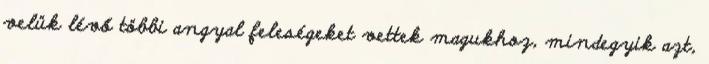
velük lévő többi angyal feleségeket vettek magukhoz, mindegyik azt,